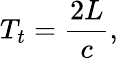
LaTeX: T_{t}={\frac{2L}{c}},